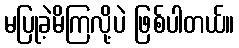
မပြုခဲ့မိကြလို့ပဲ ဖြစ်ပါတယ်။